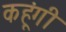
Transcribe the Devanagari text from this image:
कहूंगी